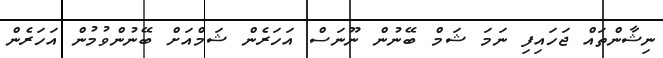
ނިޝާންތައް ޖަހައިފި ނަމަ ޝަމް ބޭނުން ނޫނަސް އަހަރެން ޝަމްއަށް ބޭނުންވުމުން އަހަރެން